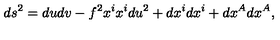
d s ^ { 2 } = d u d v - f ^ { 2 } x ^ { i } x ^ { i } d u ^ { 2 } + d x ^ { i } d x ^ { i } + d x ^ { A } d x ^ { A } ,